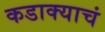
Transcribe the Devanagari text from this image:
कडाक्याचं